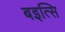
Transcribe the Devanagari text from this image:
बइत्सि